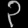
Digit: ၃